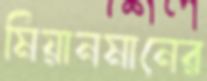
মিয়ানমানের